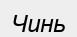
Чинь